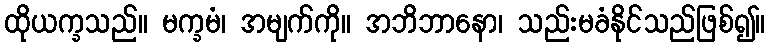
ထိုယက္ခသည်။ မက္ခမံ၊ အမျက်ကို။ အဘိဘာနော၊ သည်းမခံနိုင်သည်ဖြစ်၍။